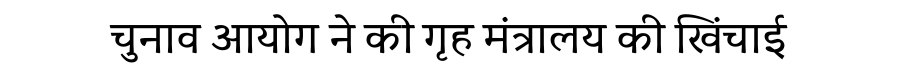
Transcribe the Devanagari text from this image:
चुनाव आयोग ने की गृह मंत्रालय की खिंचाई